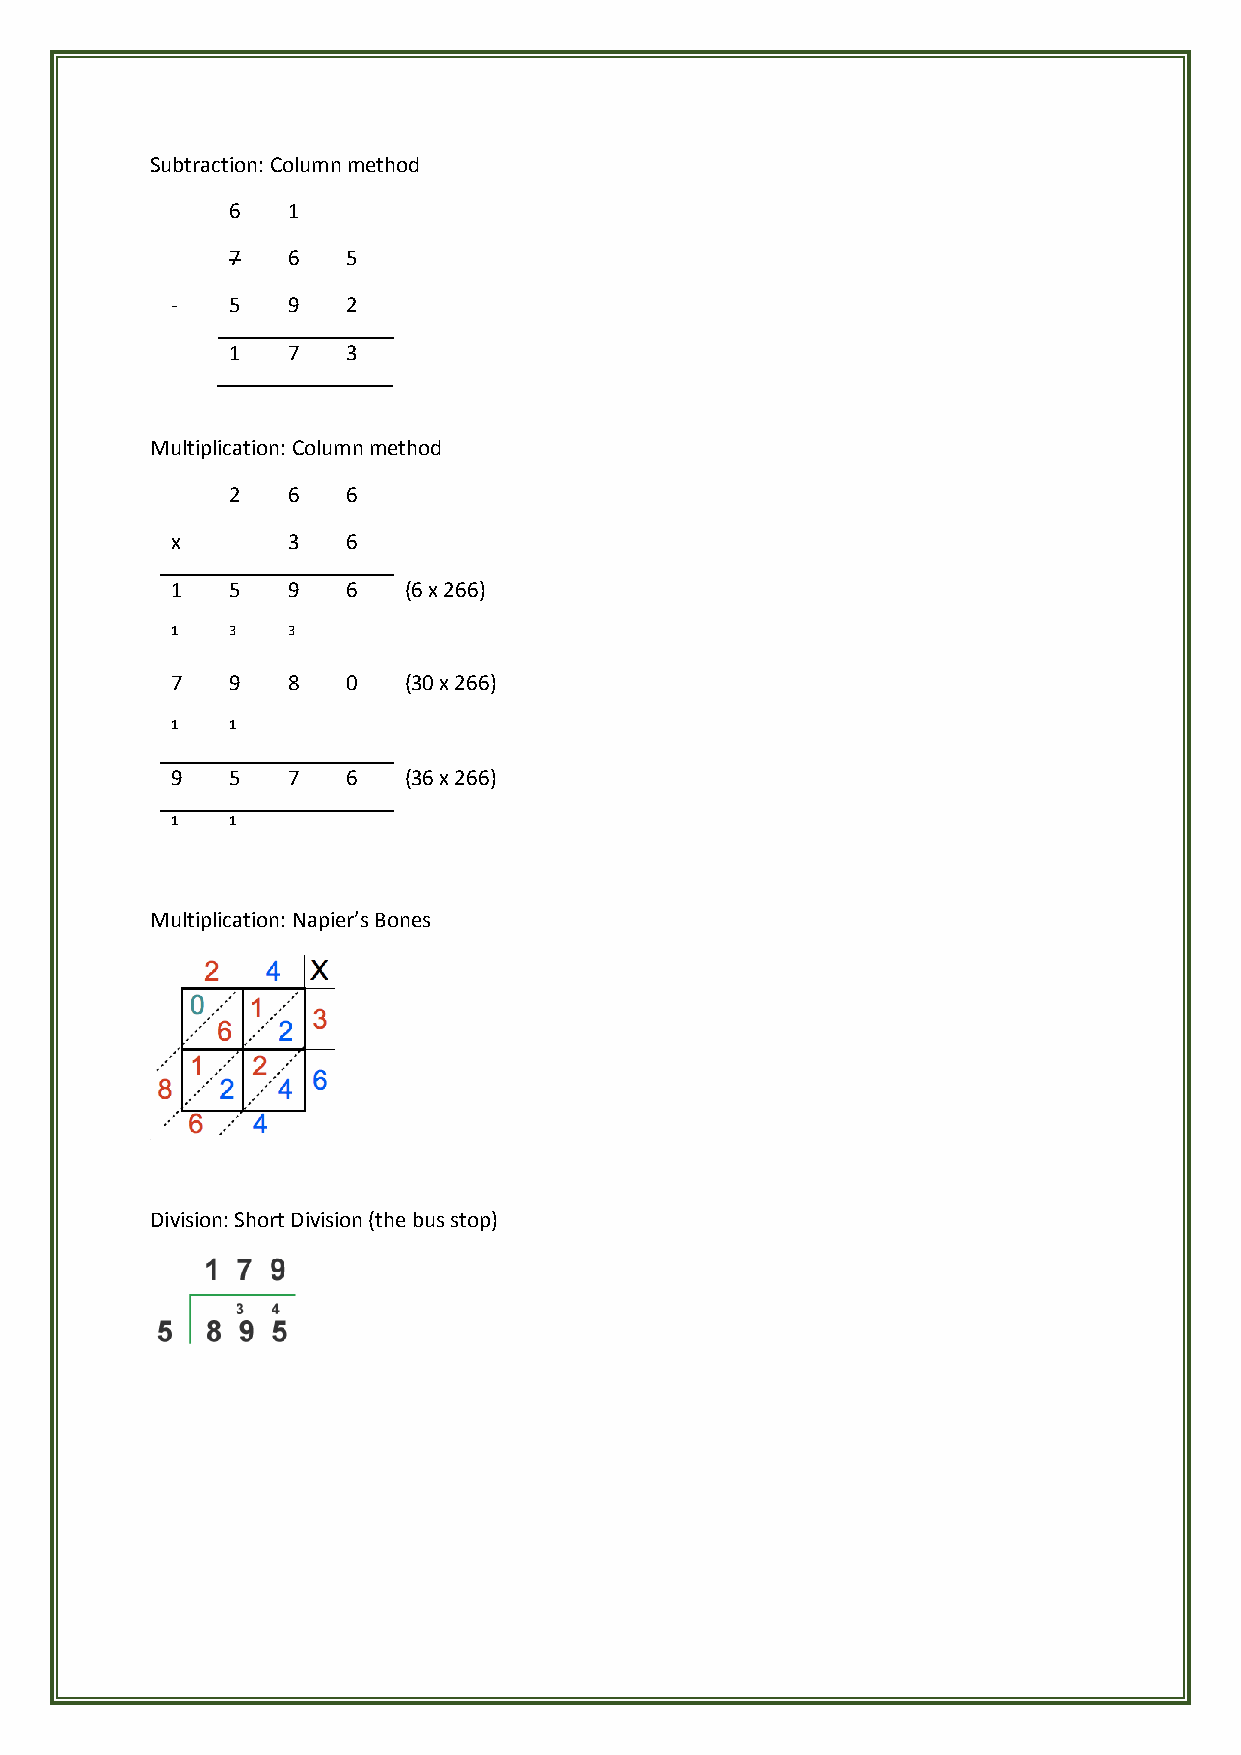
Subtraction: Column method
 6   1
 7   6   5
 -   5   9   2
 1   7   3
 Multiplication: Column method
 2   6   6
 x       3   6
 1   5   9   6   (6 x 266)
 1   3   3
 7   9   8   0   (30 x 266)
 1   1
 9   5   7   6   (36 x 266)
 1   1
 Multiplication: Napier’s Bones
 Division: Short Division (the bus stop)